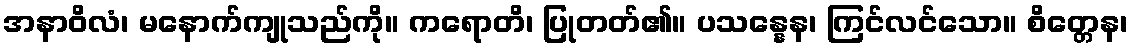
အနာဝိလံ၊ မနောက်ကျုသည်ကို။ ကရောတိ၊ ပြုတတ်၏။ ပသန္နေန၊ ကြင်လင်သော။ စိတ္တေန၊